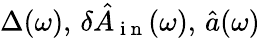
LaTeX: \Delta(\omega),\, \delta\hat{A}_{\mathrm{~i~n~}}(\omega),\, \hat{a}(\omega)